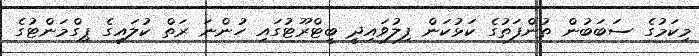
މިކަމުގެ ސަބަބުން ތުންފަތުގެ ކަޅުކަން ފިލުވައިދީ ބީޓްރޫޓުގައި ހުންނަ ރަތް ކުލައިގެ ޕިގްމަންޓުގެ